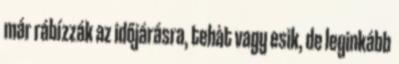
már rábízzák az időjárásra, tehàt vagy esik, de leginkább